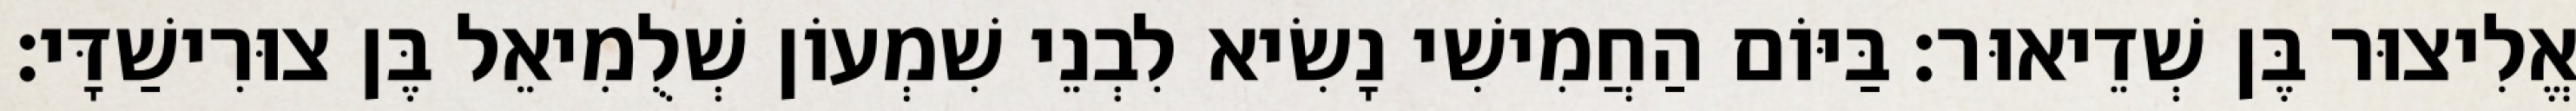
אֱלִיצוּר בֶּן שְׁדֵיאוּר׃ בַּיּוֹם הַחֲמִישִׁי נָשִׂיא לִבְנֵי שִׁמְעוֹן שְׁלֻמִיאֵל בֶּן צוּרִישַׁדָּי׃